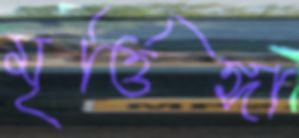
মৃর্ত্তিঙ্গা